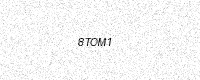
Text: 8TOM1